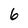
Character: 6